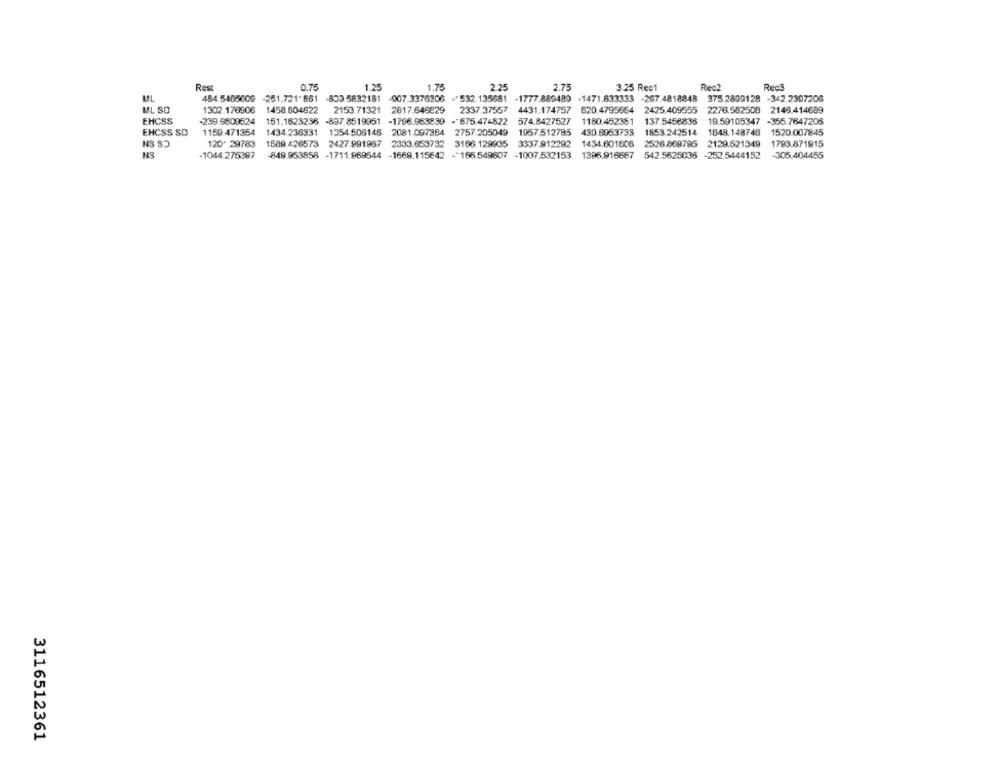
Rest
0.75
1.25
1.75
2.25
2.75
3.25 Rec1
Rec?
Reca
ML
484.5465609 -251.721'661 -833 5832181
007.3376306 .* 532.135681 -1777.889480 -1471.833333 -267.4818848 375.2809128 -342.2307206
ML SD
1302.178906 1458.804822
2153.71321 2817.646829
2337.37557 4431.174757 820.4795654 2425.409555 2276.582508 2146.414689
EHCSS
-239.9809524
151.1623236 -837.8519951
-1796.963839
.675.47-822
574.8427527
1180.452381 137.5456836
19.59105347 -355.7647206
EHCSS SD
1159.471354
1434.236331 1354 506146 2081.097384 2757.205049
1957.512785 430.6963733 1853.242514
1848.148746
1520.007845
120* 29783
1589.426573 2427 991987 2333.653732 3186.129935 3337.912292
1434,601806
2526.869795 2129.521349
1793.871915
NS
-1044.275397
-849.953858 -1711.969544 -1669.115642 - 166.549607
-1007.532153
1396.916687
542.5625036 -252.5444152
-305.404455
3116512361